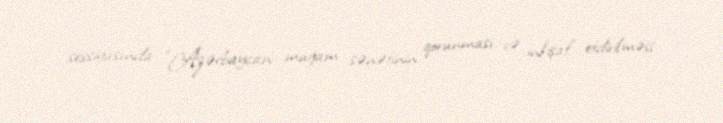
sessiyasında “Azərbaycan muğam sənətinin qorunması və inkişaf etdirilməsi